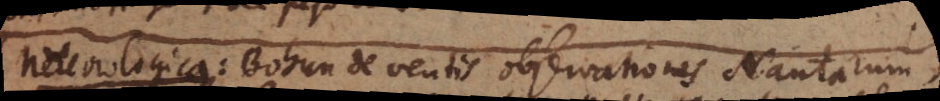
Meteorologica: Bohun de ventis observationes Nautarum;